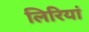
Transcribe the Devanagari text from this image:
लिरियां